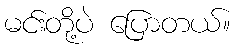
မင်းတို့ပဲ ပြောတယ်။